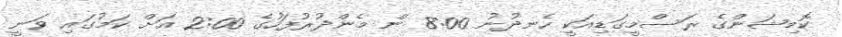
ކޮމިޝަންގެ ރަސްމީގަޑިއަކީ ހެނދުނު 8:00 ން މެންދުރުފަހުގެ 2:00 އަށް ކަމުގައި ވަނީ